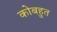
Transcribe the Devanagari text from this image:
कोबहुत